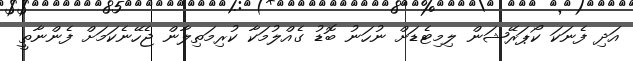
އަދި ފެނަކަ ކޯޕަރޭޝަން ލިމިޓެޑަށް ނުހަނު ބޮޑު ގެއްލުމަކާ ކުރިމަތިލާން ޖެހޭނެކަމަށް ފެންނާތީ